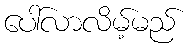
ပေါ်လာလိမ့်မည်